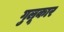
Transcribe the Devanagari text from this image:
गुलूकार